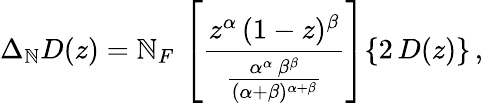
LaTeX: \Delta_{\mathbb{N}}D(z)=\mathbb{N}_{F}\, \left[\frac{{z^{\alpha}\, (1-z)^{\beta}}}{{\frac{{\alpha^{\alpha}\, \beta^{\beta}}}{{(\alpha+\beta)^{\alpha+\beta}}}}}\right]\{ 2\, D(z)\} \, ,